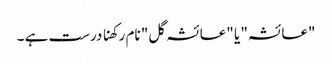
"عائشہ" یا "عائشہ گل" نام رکھنا درست ہے ۔